画像に写った文字を読んでください
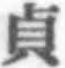
「貞」と書いてあります